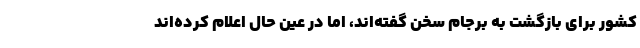
کشور برای بازگشت به برجام سخن گفته‌اند، اما در عین حال اعلام کرده‌اند